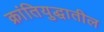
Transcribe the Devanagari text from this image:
क्रांतियुद्धातील